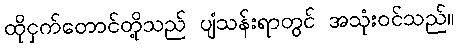
ထိုငှက်တောင်တို့သည် ပျံသန်းရာတွင် အသုံးဝင်သည်။